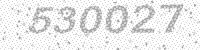
Solution: 530027